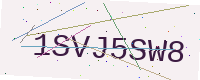
Text: 1SVJ5SW8